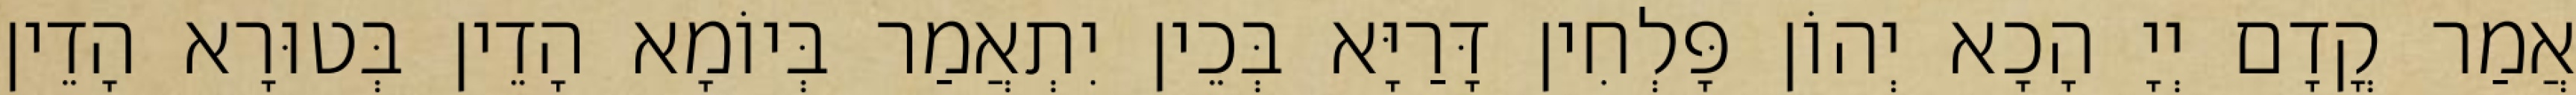
אֲמַר קֳדָם יְיָ הָכָא יְהוֹן פָּלְחִין דָּרַיָּא בְּכֵין יִתְאֲמַר בְּיוֹמָא הָדֵין בְּטוּרָא הָדֵין